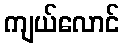
ကျယ်လောင်